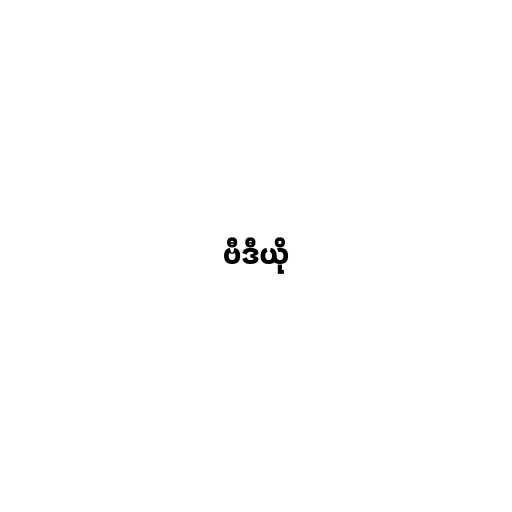
ဗီဒီယို